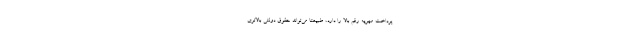
پرداخت مهریه رقم بالا را دارد، طبیعتاً می‌تواند حقوق دولتی بالاتری